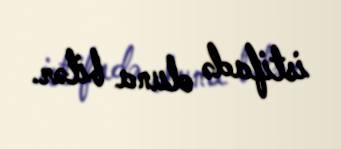
istifadə oluna bilər.